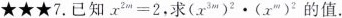
★★★7.已知$$x^{2m}=2$$，求$$(x^{3m})^{2} \times (x^{m}）^{2}$$的值.